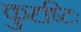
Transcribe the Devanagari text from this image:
कुदृष्टिः